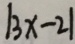
\vert 3 x - 2 \vert